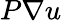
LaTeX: P\nabla u